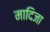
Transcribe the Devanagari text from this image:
मादिजा